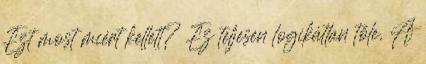
Ezt most miért kellett? Ez teljesen logikátlan tőle. A